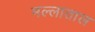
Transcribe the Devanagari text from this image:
मल्लाताल